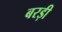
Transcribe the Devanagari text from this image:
बरड़ी